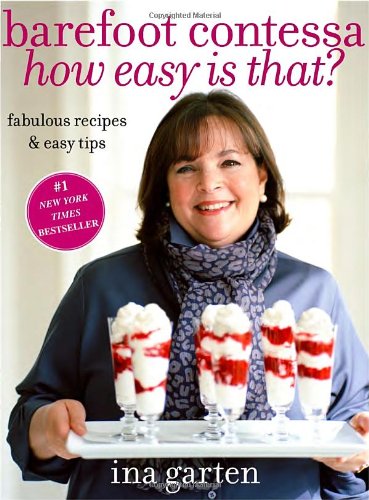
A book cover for Barefoot Contessa, How Easy Is That?: Fabulous Recipes & Easy Tips; Ina Garten; Cookbooks, Food & Wine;